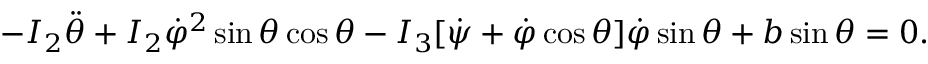
\begin{array} { r } { - I _ { 2 } \ddot { \theta } + I _ { 2 } \dot { \varphi } ^ { 2 } \sin \theta \cos \theta - I _ { 3 } [ \dot { \psi } + \dot { \varphi } \cos \theta ] \dot { \varphi } \sin \theta + b \sin \theta = 0 . } \end{array}